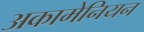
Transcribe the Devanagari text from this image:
अकामेनियन